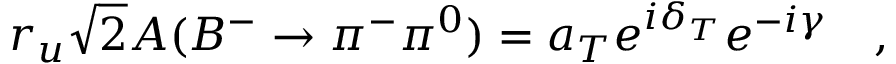
r _ { u } \sqrt { 2 } A ( B ^ { - } \to \pi ^ { - } \pi ^ { 0 } ) = a _ { T } e ^ { i \delta _ { T } } e ^ { - i \gamma } ~ ~ ~ ,